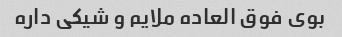
بوی فوق العاده ملایم و شیکی داره